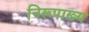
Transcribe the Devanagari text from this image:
निरूपाख्य